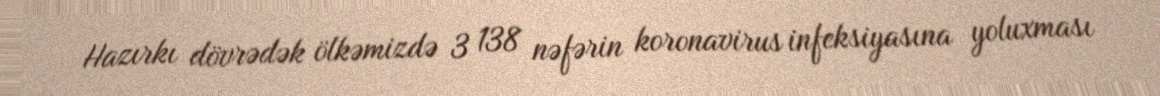
Hazırkı dövrədək ölkəmizdə 3 138 nəfərin koronavirus infeksiyasına yoluxması